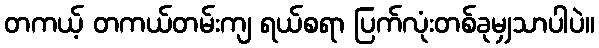
တကယ့် တကယ်တမ်းကျ ရယ်စရာ ပြက်လုံးတစ်ခုမျှသာပါပဲ။